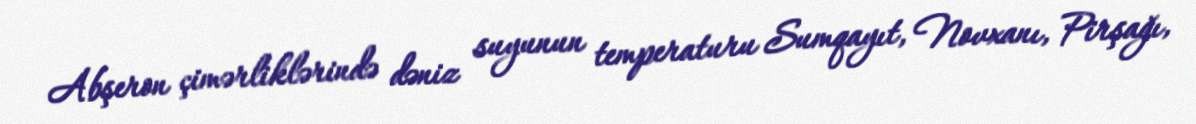
Abşeron çimərliklərində dəniz suyunun temperaturu Sumqayıt, Novxanı, Pirşağı,